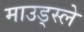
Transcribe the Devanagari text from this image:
माउड्स्ले